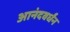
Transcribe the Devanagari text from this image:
आनंदवर्धंन